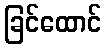
ခြင်ထောင်